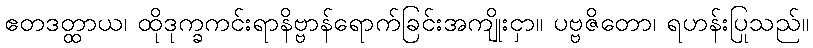
ဧတဒတ္ထာယ၊ ထိုဒုက္ခကင်းရာနိဗ္ဗာန်ရောက်ခြင်းအကျိုးငှာ။ ပဗ္ဗဇိတော၊ ရဟန်းပြုသည်။